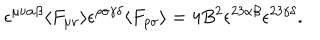
LaTeX: \epsilon ^ { \mu \nu \alpha \beta } \langle F _ { \mu \nu } \rangle \epsilon ^ { \rho \sigma \gamma \delta } \langle F _ { \rho \sigma } \rangle = 4 B ^ { 2 } \epsilon ^ { 2 3 \alpha \beta } \epsilon ^ { 2 3 \gamma \delta } .